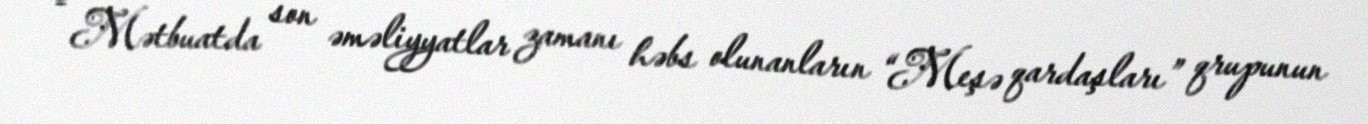
- Mətbuatda son əməliyyatlar zamanı həbs olunanların “Meşə qardaşları” qrupunun